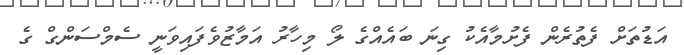
އަޑުތަށް ފެތުރެން ފެށުމާއެކު ގިނަ ބައެއްގެ ލޯ މިހާރު އަމާޒުވެފައިވަނީ ސެމްސަންގް ގެ